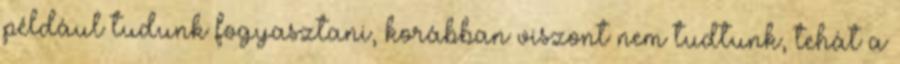
például tudunk fogyasztani, korábban viszont nem tudtunk, tehát a